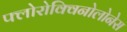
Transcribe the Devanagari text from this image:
फ्लोरोक्विनोलोनेस